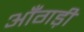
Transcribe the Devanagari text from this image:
आँगड़ी